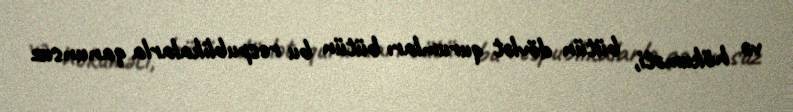
və hökuməti, bütün dövlət qurumları bütün bu respublikalarla qanunsuz